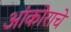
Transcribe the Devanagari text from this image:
आंकोराचे